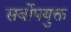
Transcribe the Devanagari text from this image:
सर्वोपयुक्त